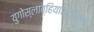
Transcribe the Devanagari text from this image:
युगोस्लाव्हियासाठीच्या